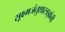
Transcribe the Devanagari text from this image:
सूक्ष्मजंतुशास्त्रज्ञांनी